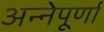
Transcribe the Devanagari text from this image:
अन्नेपूर्णा